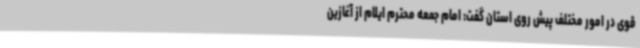
قوی در امور مختلف پیش روی استان گفت: امام جمعه محترم ایلام از آغازین